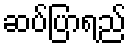
ဆပ်ပြာရည်